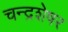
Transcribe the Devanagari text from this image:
चन्द्रशेषर